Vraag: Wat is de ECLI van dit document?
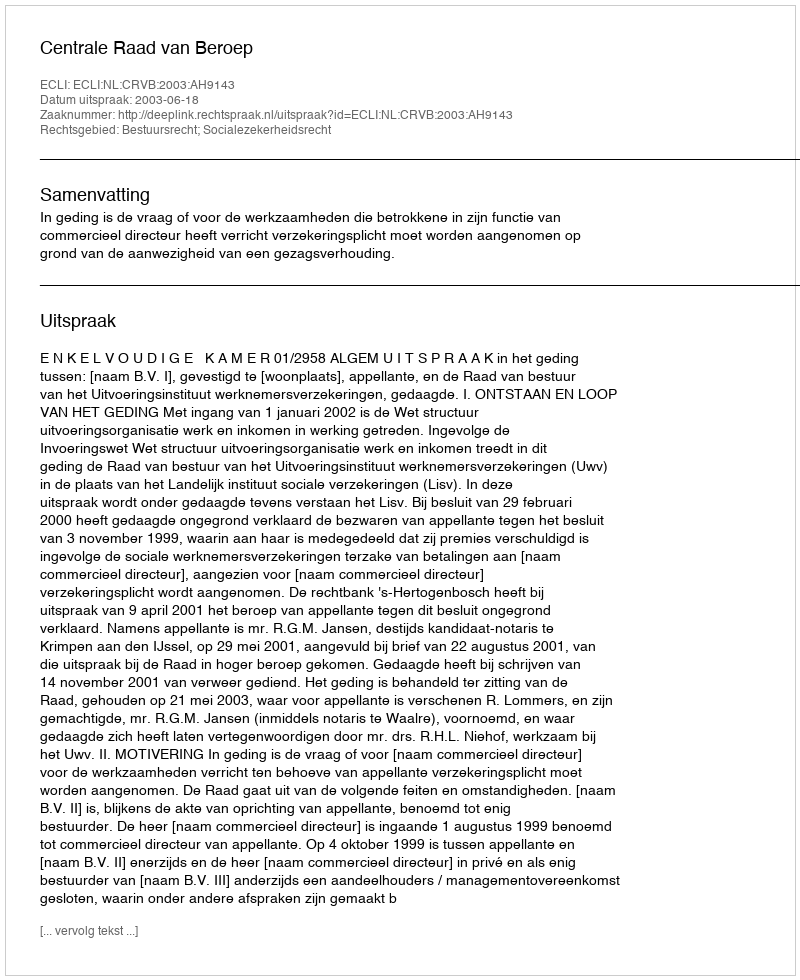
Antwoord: ECLI:NL:CRVB:2003:AH9143